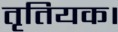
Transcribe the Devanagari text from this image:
तृतियक।